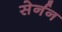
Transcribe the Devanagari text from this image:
सेर्नन